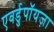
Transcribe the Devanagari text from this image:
एवर्डुपॉयज़ा